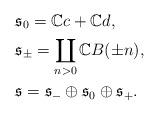
LaTeX: \begin{align*}&\mathfrak{s}_0=\mathbb{C}c+\mathbb{C}d,\\&\mathfrak{s}_{\pm}=\coprod_{n>0}\mathbb{C}B(\pm n),\\&\mathfrak{s}=\mathfrak{s}_{-}\oplus\mathfrak{s}_{0}\oplus\mathfrak{s}_{+}.\end{align*}